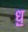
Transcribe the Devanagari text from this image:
ध़॒